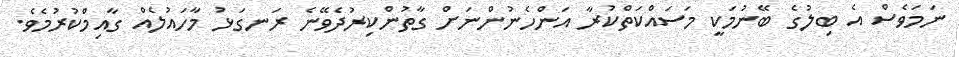
ނަމަވެސް އެ ބިލުގެ ބޭނުމަކީ މަސައްކަތްކުރާ އަންހެނުންނަށް ގާތުންކިރުދެވޭނެ ރަނގަޅު މާހައުލެއް ގާއިމްކުރުމެވެ.